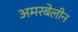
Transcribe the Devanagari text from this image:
अमरबेलीन